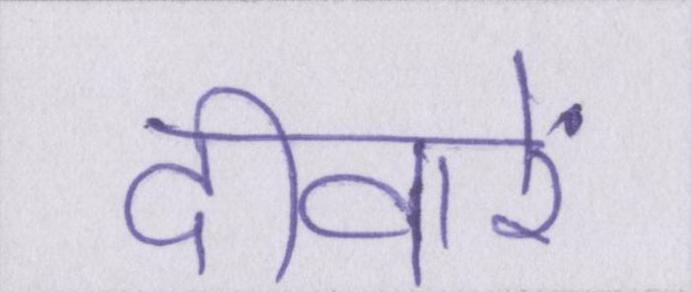
दीवारें